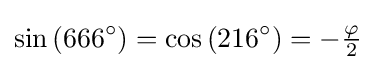
\sin {(666^{\circ })}=\cos {(216^{\circ })}=-{\tfrac {\varphi }{2}}